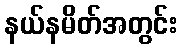
နယ်နမိတ်အတွင်း